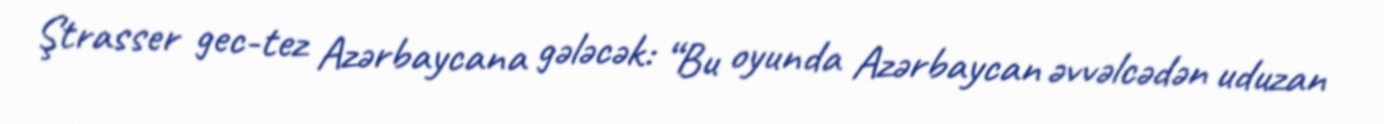
Ştrasser gec-tez Azərbaycana gələcək: “Bu oyunda Azərbaycan əvvəlcədən uduzan